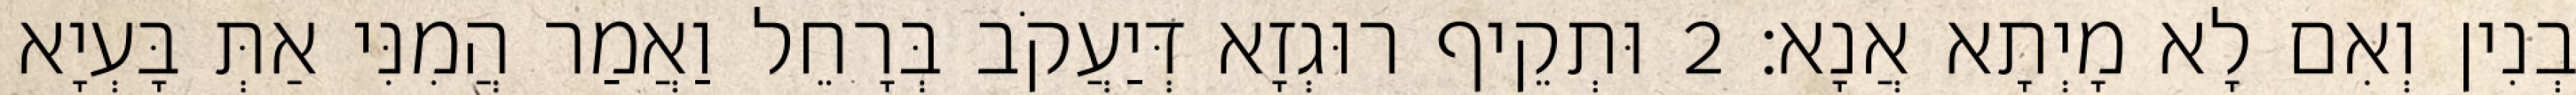
בְנִין וְאִם לָא מָיְתָא אֲנָא׃ 2 וּתְקֵיף רוּגְזָא דְּיַעֲקֹב בְּרָחֵל וַאֲמַר הֲמִנִּי אַתְּ בָּעְיָא